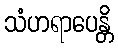
သံဟရာပေန္တိ